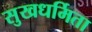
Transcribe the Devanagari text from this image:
सुखधर्मिता